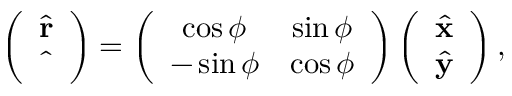
\begin{array} { r } { \left( \begin{array} { c } { \hat { \bf r } } \\ { \hat { \bf \Phi } } \end{array} \right) = \left( \begin{array} { c c } { \cos \phi } & { \sin \phi } \\ { - \sin \phi } & { \cos \phi } \end{array} \right) \left( \begin{array} { c } { \hat { \bf x } } \\ { \hat { \bf y } } \end{array} \right) , } \end{array}